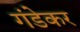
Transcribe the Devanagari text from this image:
गंडेकर